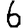
Digit: 6